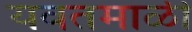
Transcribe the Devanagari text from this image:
यवतमाळी